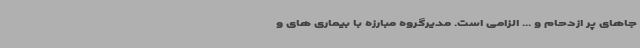
جاهای پر ازدحام و ... الزامی است. مدیرگروه مبارزه با بیماری های و